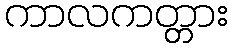
ကာလကတ္တား